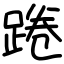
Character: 踡